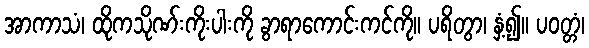
အာကာသံ၊ ထိုကသိုဏ်းကိုးပါးကို ခွာရာကောင်းကင်ကို။ ပရိတွာ၊ နှံ့၍။ ပဝတ္တံ၊